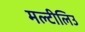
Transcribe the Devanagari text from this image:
मल्टीलिउ